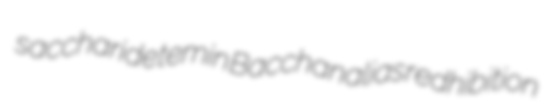
saccharide temin Bacchanalias redhibition